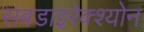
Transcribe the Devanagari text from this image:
सबडाइरेक्श्योन